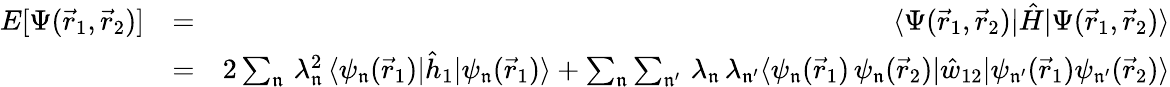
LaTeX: \begin{array}{rlr}{E[\Psi(\vec{r}_{1},\vec{r}_{2})]}&{=}&{\langle\Psi(\vec{r}_{1},\vec{r}_{2})|\hat{H}|\Psi(\vec{r}_{1},\vec{r}_{2})\rangle}\\ &{=}&{2\sum_{\mathfrak{n}}\, \lambda_{\mathfrak{n}}^{2}\, \langle\psi_{\mathfrak{n}}(\vec{r}_{1})|\hat{h}_{1}|\psi_{\mathfrak{n}}(\vec{r}_{1})\rangle+\sum_{\mathfrak{n}}\sum_{\mathfrak{n^{\prime}}}\, \lambda_{\mathfrak{n}}\, \lambda_{\mathfrak{n^{\prime}}}\langle\psi_{\mathfrak{n}}(\vec{r}_{1})\, \psi_{\mathfrak{n}}(\vec{r}_{2})|\hat{w}_{12}|\psi_{\mathfrak{n^{\prime}}}(\vec{r}_{1})\psi_{\mathfrak{n^{\prime}}}(\vec{r}_{2})\rangle}\end{array}